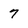
Character: 7